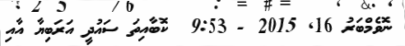
ނޮވެމްބަރު 16